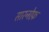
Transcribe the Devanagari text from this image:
सारनोफ़